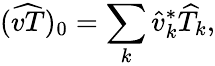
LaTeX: (\widehat{vT})_{0}=\sum_{k}\widehat{v}_{k}^{*}\widehat{T}_{k},